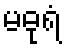
မဓုရံ